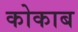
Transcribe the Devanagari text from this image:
कोकाब